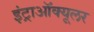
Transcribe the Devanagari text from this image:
इंट्राऑक्यूलर